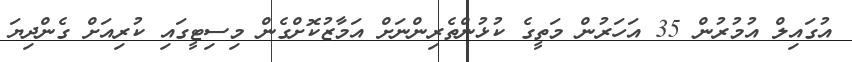
އުގައިލް އުމުރުން 35 އަހަރުން މަތީގެ ކުޅުންތެރިންނަށް އަމާޒުކޮށްގެން މިސިޓީގައި ކުރިއަށް ގެންދިޔަ